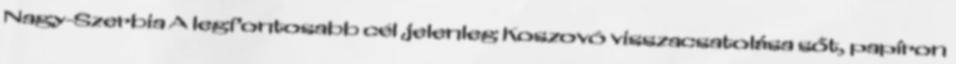
Nagy-Szerbia A legfontosabb cél jelenleg Koszovó visszacsatolása sőt, papíron